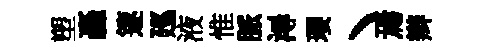
塑轟篴廵液惟脈潯瓔丶焉辫